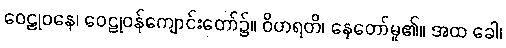
ဝေဠုဝနေ၊ ဝေဠုဝန်ကျောင်းတော်၌။ ဝိဟရတိ၊ နေတော်မူ၏။ အထ ခေါ၊